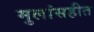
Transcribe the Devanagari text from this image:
मुलांसहीत